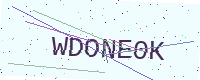
Text: WDONE0K